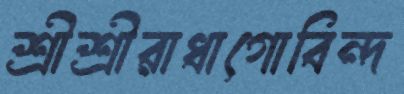
শ্রীশ্রীরাধাগোবিন্দ